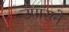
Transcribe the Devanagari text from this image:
उपासने